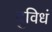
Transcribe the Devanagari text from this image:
दुविधं